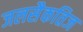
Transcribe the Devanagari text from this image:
जलसैकतिज